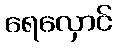
ရေလှောင်